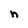
Character: n